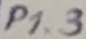
Text: P1.3